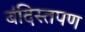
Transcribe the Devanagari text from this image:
बंदिस्तपण